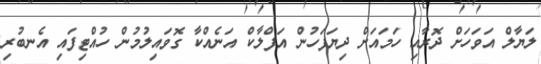
ލަޔާލް އަވަހަށް ދޮރާއި ހަމައަށް ދިޔަފަހުން އަފްލާކް އަނެއްކާ ގޮވައިލުމުން ހުއްޓިފައި އެނބުރި